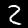
Digit: 2